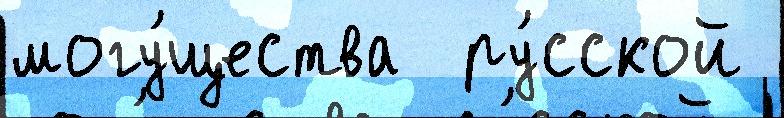
могу́щества  ру́сской